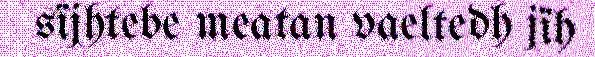
sïjhtebe meatan vaeltedh jïh